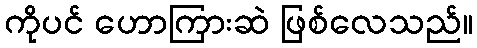
ကိုပင် ဟောကြားဆဲ ဖြစ်လေသည်။